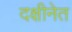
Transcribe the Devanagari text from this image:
दक्षीनेत